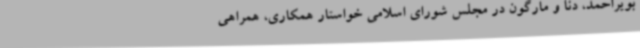
بویراحمد، دنا و مارگون در مجلس شورای اسلامی خواستار همکاری، همراهی